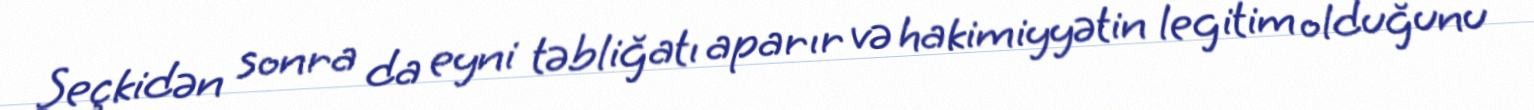
Seçkidən sonra da eyni təbliğatı aparır və hakimiyyətin legitim olduğunu